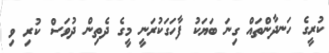
ކުރީގެ ހަނދާންތައް ގިނަ ބަޔަކު ފާހަގަކުރަނީ މީގެ ދެތިން ދުވަސް ކުރި ވި